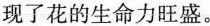
现了花的生命力旺盛。